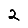
Digit: 2